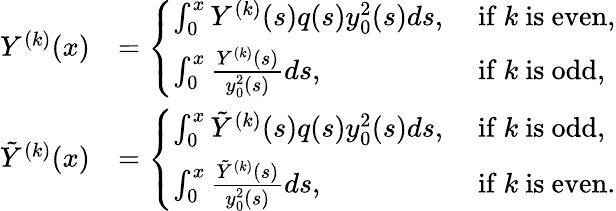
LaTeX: \begin{array}{rl}{Y^{(k)}(x)}&{=\left\{ \begin{array}{ll}{\int_{0}^{x}Y^{(k)}(s)q(s)y_{0}^{2}(s)ds,}&{\mathrm{~if~}k\mathrm{~is~even},}\\ {\int_{0}^{x}\frac{Y^{(k)}(s)}{y_{0}^{2}(s)}ds,}&{\mathrm{~if~}k\mathrm{~is~odd},}\end{array}\right.}\\ {\tilde{Y}^{(k)}(x)}&{=\left\{ \begin{array}{ll}{\int_{0}^{x}\tilde{Y}^{(k)}(s)q(s)y_{0}^{2}(s)ds,}&{\mathrm{~if~}k\mathrm{~is~odd},}\\ {\int_{0}^{x}\frac{\tilde{Y}^{(k)}(s)}{y_{0}^{2}(s)}ds,}&{\mathrm{~if~}k\mathrm{~is~even}.}\end{array}\right.}\end{array}